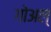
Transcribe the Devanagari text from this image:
गोअल्